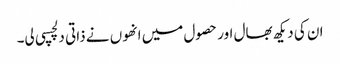
ان کی دیکھ بھال اور حصول میں انھوں نے ذاتی دلچسپی لی۔